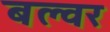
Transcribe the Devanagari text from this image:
बल्वर